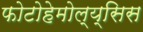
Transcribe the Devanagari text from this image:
फोटोहेमोल्य्सिस